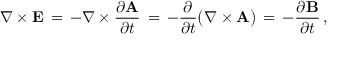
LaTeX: \nabla \times \mathbf { E } \, = \, - \nabla \times { \frac { \partial \mathbf { A } } { \partial t } } \, = \, - { \frac { \partial } { \partial t } } { \big ( } \nabla \times \mathbf { A } { \big ) } \, = \, - { \frac { \partial \mathbf { B } } { \partial t } } \, ,